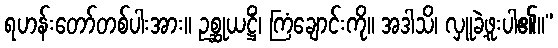
ရဟန်းတော်တစ်ပါးအား။ ဥစ္ဆုယဋ္ဌိံ၊ ကြံချောင်းကို။ အဒါသိ၊ လှူခဲ့ဖူးပါ၏။”